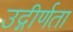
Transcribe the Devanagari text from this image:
उद्गीर्णता